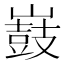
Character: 𡽂